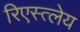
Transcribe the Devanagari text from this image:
रिएस्त्लेय